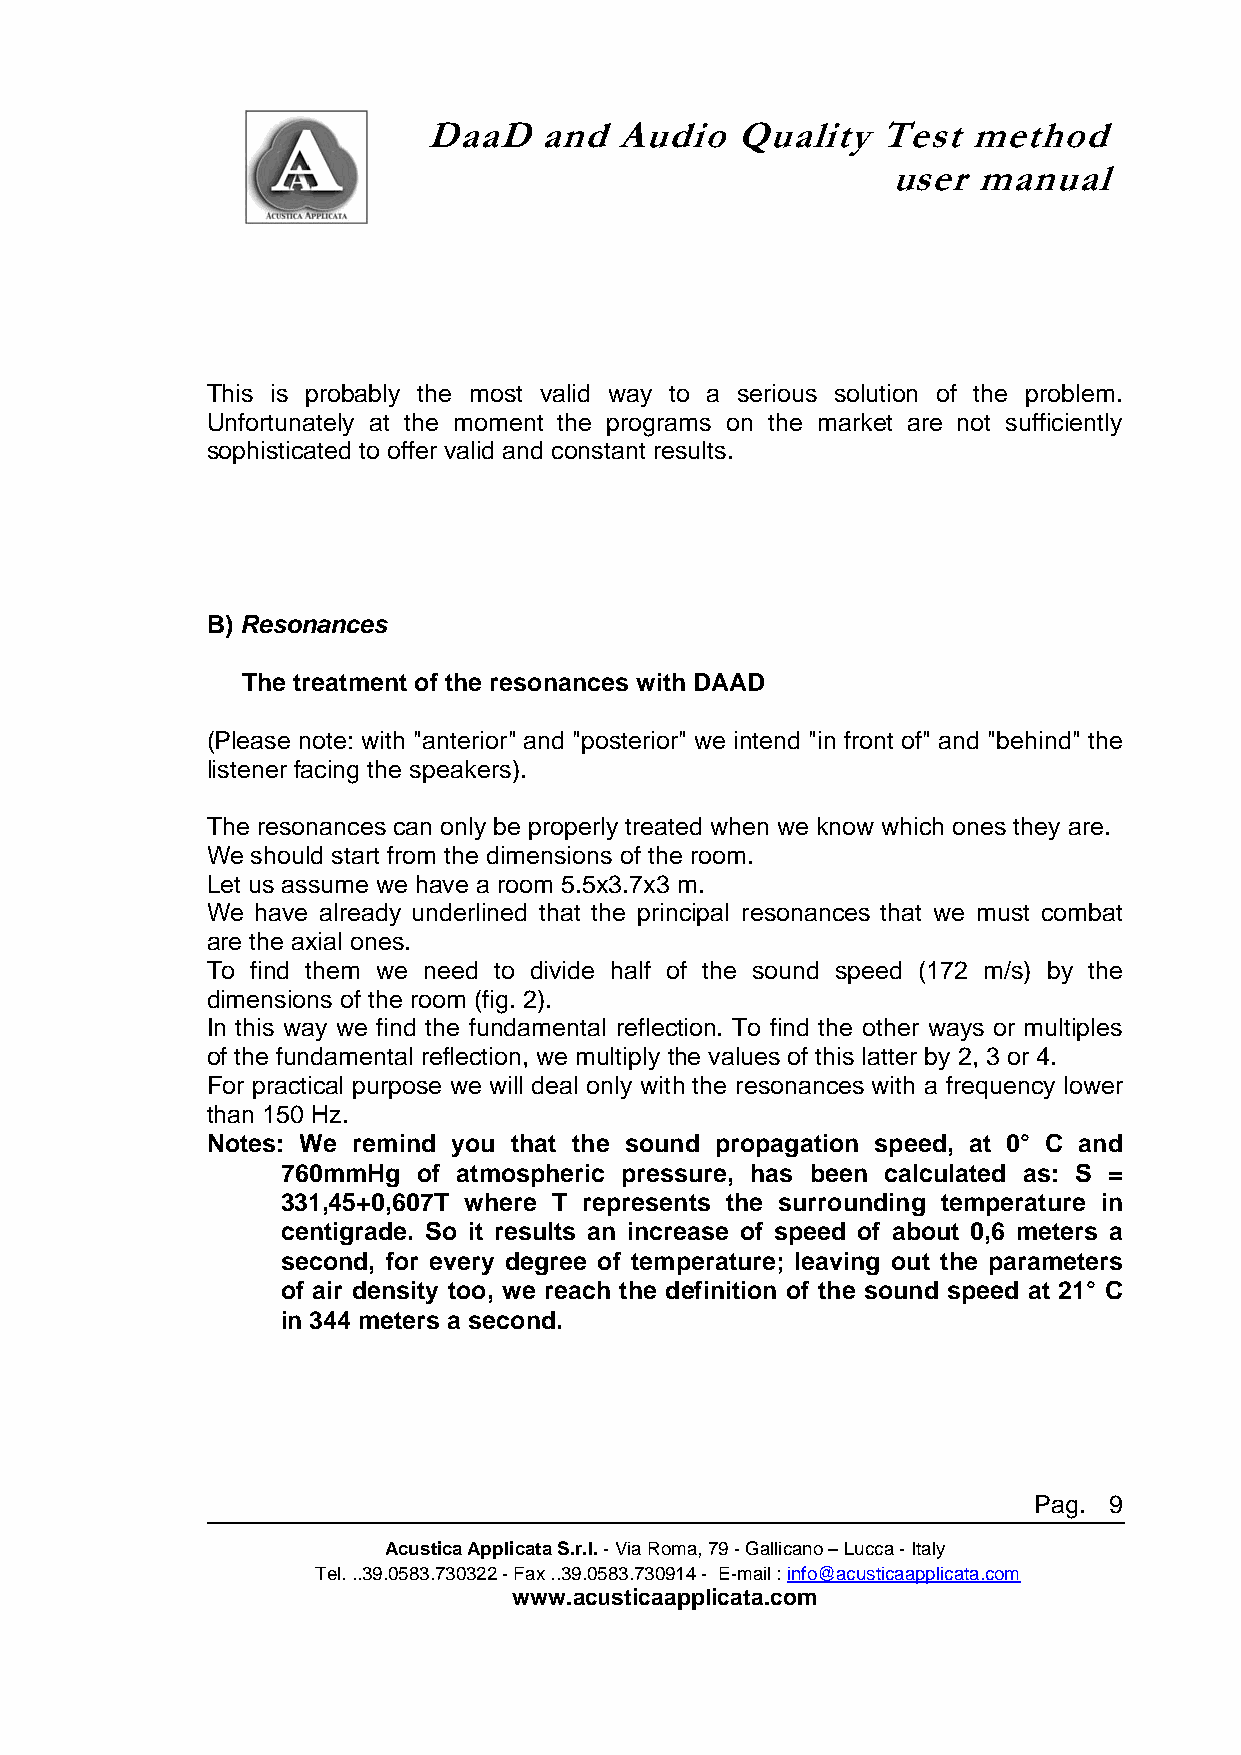
DaaD    and  Audio   Quality  Test  method
 user  manual
 This is probably the most valid way to a serious solution of the problem.
 Unfortunately at the moment the programs on the market are not sufficiently
 sophisticated to offer valid and constant results.
 B) Resonances
 The treatment of the resonances with DAAD
 (Please note: with "anterior" and "posterior" we intend "in front of" and "behind" the
 listener facing the speakers).
 The resonances can only be properly treated when we know which ones they are.
 We should start from the dimensions of the room.
 Let us assume we have a room 5.5x3.7x3 m.
 We have already underlined that the principal resonances that we must combat
 are the axial ones.
 To find them we need to divide half of the sound speed (172 m/s) by the
 dimensions of the room (fig. 2).
 In this way we find the fundamental reflection. To find the other ways or multiples
 of the fundamental reflection, we multiply the values of this latter by 2, 3 or 4.
 For practical purpose we will deal only with the resonances with a frequency lower
 than 150 Hz.
 Notes: We remind you that the sound propagation speed, at 0° C and
 760mmHg  of atmospheric pressure, has been calculated as: S =
 331,45+0,607T where T represents the surrounding temperature in
 centigrade. So it results an increase of speed of about 0,6 meters a
 second, for every degree of temperature; leaving out the parameters
 of air density too, we reach the definition of the sound speed at 21° C
 in 344 meters a second.
 Pag. 9
 Acustica Applicata S.r.l. - Via Roma, 79 - Gallicano – Lucca - Italy
 Tel. ..39.0583.730322 - Fax ..39.0583.730914 - E-mail : info@acusticaapplicata.com
 www.acusticaapplicata.com